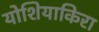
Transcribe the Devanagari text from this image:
योशियाकिरा